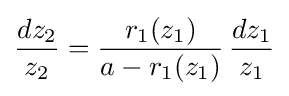
{\frac {dz_{2}}{z_{2}}}={\frac {r_{1}(z_{1})}{a-r_{1}(z_{1})}}\,{\frac {dz_{1}}{z_{1}}}